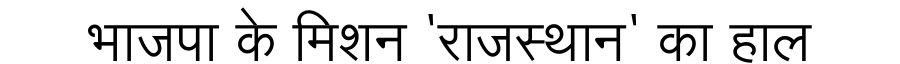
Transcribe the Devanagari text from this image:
भाजपा के मिशन 'राजस्थान' का हाल